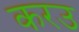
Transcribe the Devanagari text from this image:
करउ